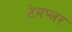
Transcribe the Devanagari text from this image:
टेमप्लर